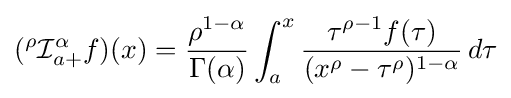
({}^{\rho }{\mathcal {I}}_{a+}^{\alpha }f)(x)={\frac {\rho ^{1-\alpha }}{\Gamma (\alpha )}}\int _{a}^{x}{\frac {\tau ^{\rho -1}f(\tau )}{(x^{\rho }-\tau ^{\rho })^{1-\alpha }}}\,d\tau